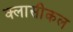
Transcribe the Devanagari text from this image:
क्लासीकल